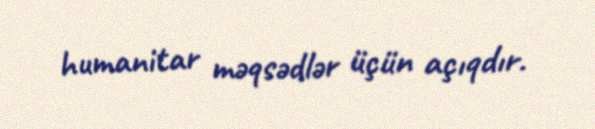
humanitar məqsədlər üçün açıqdır.